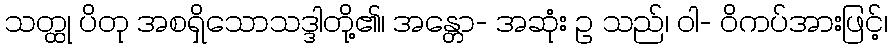
သတ္ထု ပိတု အစရှိသောသဒ္ဒါတို့၏၊ အန္တော- အဆုံး ဥ သည်၊ ဝါ- ဝိကပ်အားဖြင့်၊